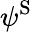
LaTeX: \psi^{\mathrm{{S}}}